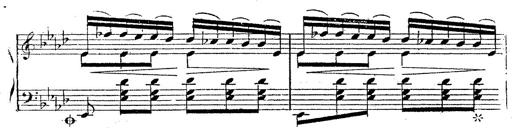
Title: 12 Lieder von Franz Schubert
Composer: Franz Liszt